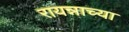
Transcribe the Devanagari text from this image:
रायन्नाच्या